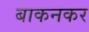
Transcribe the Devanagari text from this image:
बाकनकर